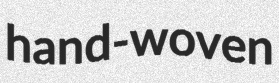
hand-woven